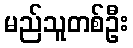
မည်သူတစ်ဦး